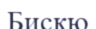
Бискю